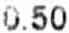
0.50